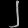
Digit: ၂